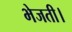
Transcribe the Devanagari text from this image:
भेजती।